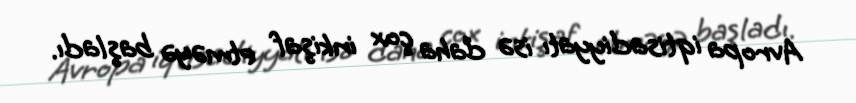
Avropa iqtisadiyyatı isə daha çox inkişaf etməyə başladı.